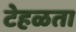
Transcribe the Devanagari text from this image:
टेहळता